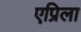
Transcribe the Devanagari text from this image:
एप्रिला